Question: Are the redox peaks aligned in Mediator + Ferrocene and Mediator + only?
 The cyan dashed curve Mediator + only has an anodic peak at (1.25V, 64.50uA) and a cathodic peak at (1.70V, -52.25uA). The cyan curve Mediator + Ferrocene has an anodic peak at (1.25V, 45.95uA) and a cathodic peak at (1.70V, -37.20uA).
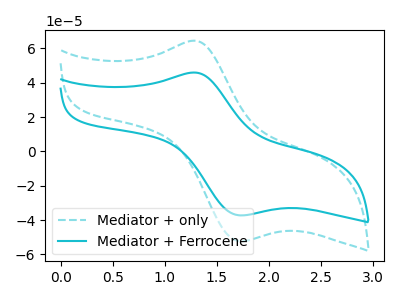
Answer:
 <answer>Yes, "Mediator + Ferrocene" have a peak in "Mediator + only" at the same potential.</answer>
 <eval>match</eval>